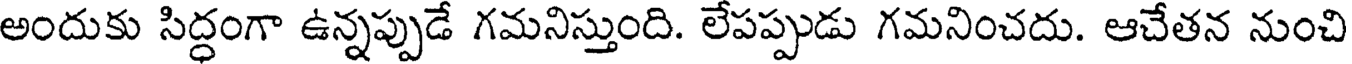
అందుకు సిద్ధంగా ఉన్నప్పుడే గమనిస్తుంది. లేపప్పుడు గమనించదు. ఆచేతన నుంచి